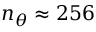
n _ { \theta } \approx 2 5 6